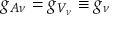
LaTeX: g _ { A \nu } = g _ { V _ { \nu } } \equiv g _ { \nu }